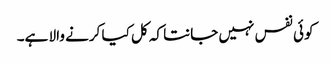
کوئی نفس نہیں جانتا کہ کل کیا کرنے والا ہے۔